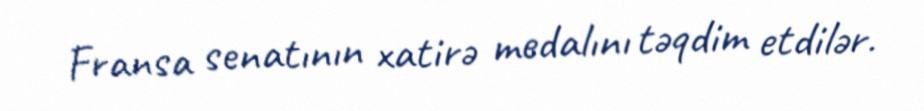
Fransa senatının xatirə medalını təqdim etdilər.